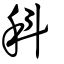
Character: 科